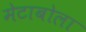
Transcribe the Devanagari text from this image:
मेटाबोला